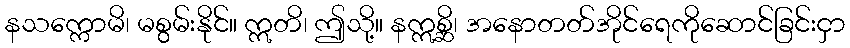
နသက္ကောမိ၊ မစွမ်းနိုင်။ ဣတိ၊ ဤသို့။ နဣစ္ဆိ၊ အနောတတ်အိုင်ရေကိုဆောင်ခြင်းငှာ